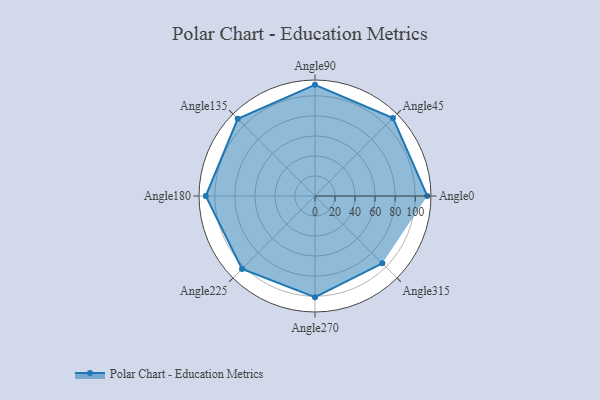
{"axis": {"x": "Angle", "y": "Radius"}, "legend": [""], "data": [{"x": "Angle0", "y": 112.0, "type": ""}, {"x": "Angle45", "y": 110.0, "type": ""}, {"x": "Angle90", "y": 111.0, "type": ""}, {"x": "Angle135", "y": 109.0, "type": ""}, {"x": "Angle180", "y": 109.0, "type": ""}, {"x": "Angle225", "y": 103.0, "type": ""}, {"x": "Angle270", "y": 101.0, "type": ""}, {"x": "Angle315", "y": 95.0, "type": ""}]}